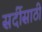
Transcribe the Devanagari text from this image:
सर्दीसाठी